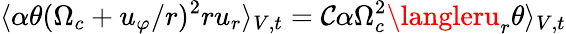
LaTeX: \langle\alpha\theta(\Omega_{c}+u_{\varphi}/r)^{2}ru_{r}\rangle_{V,t}=\mathcal{C}\alpha\Omega_{c}^{2}\langleru_{r}\theta\rangle_{V,t}